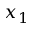
x _ { 1 }